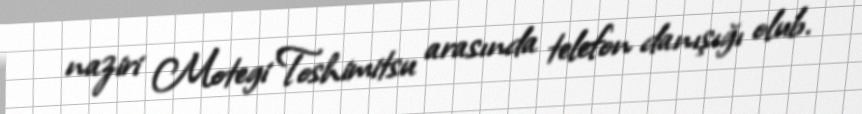
naziri Motegi Toshimitsu arasında telefon danışığı olub.